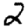
Digit: 2